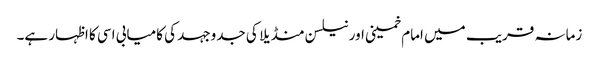
زمانہ قریب میں امام خمینی اور نیلسن منڈیلا کی جدوجہد کی کامیابی اسی کا اظہار ہے۔